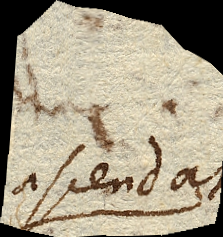
ascendat